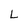
Character: L